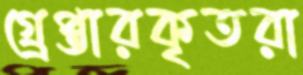
গ্র্রেপ্তারকৃতরা